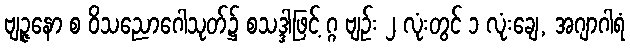
ဗျဉ္ဇနော စ ဝိသညောဂေါသုတ်၌ စသဒ္ဒါဖြင့် ဂ္ဂ ဗျဉ်း ၂ လုံးတွင် ၁ လုံးချေ, အဂျာဂါရံ